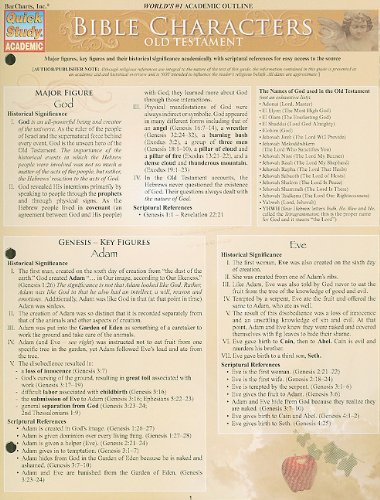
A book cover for Bible Characters:Old Testament (Quickstudy: Academic); Inc. BarCharts; Christian Books & Bibles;